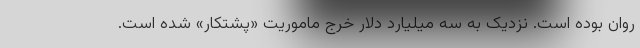
روان بوده است. نزدیک به سه میلیارد دلار خرج ماموریت «پشتکار» شده است.